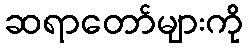
ဆရာတော်များကို